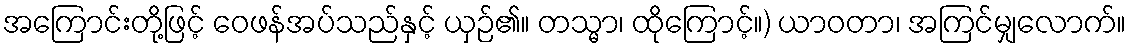
အကြောင်းတို့ဖြင့် ဝေဖန်အပ်သည်နှင့် ယှဉ်၏။ တသ္မာ၊ ထိုကြောင့်။) ယာဝတာ၊ အကြင်မျှလောက်။